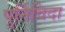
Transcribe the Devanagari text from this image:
पुर्निविदा